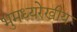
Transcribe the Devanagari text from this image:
भुमध्यरेखीय